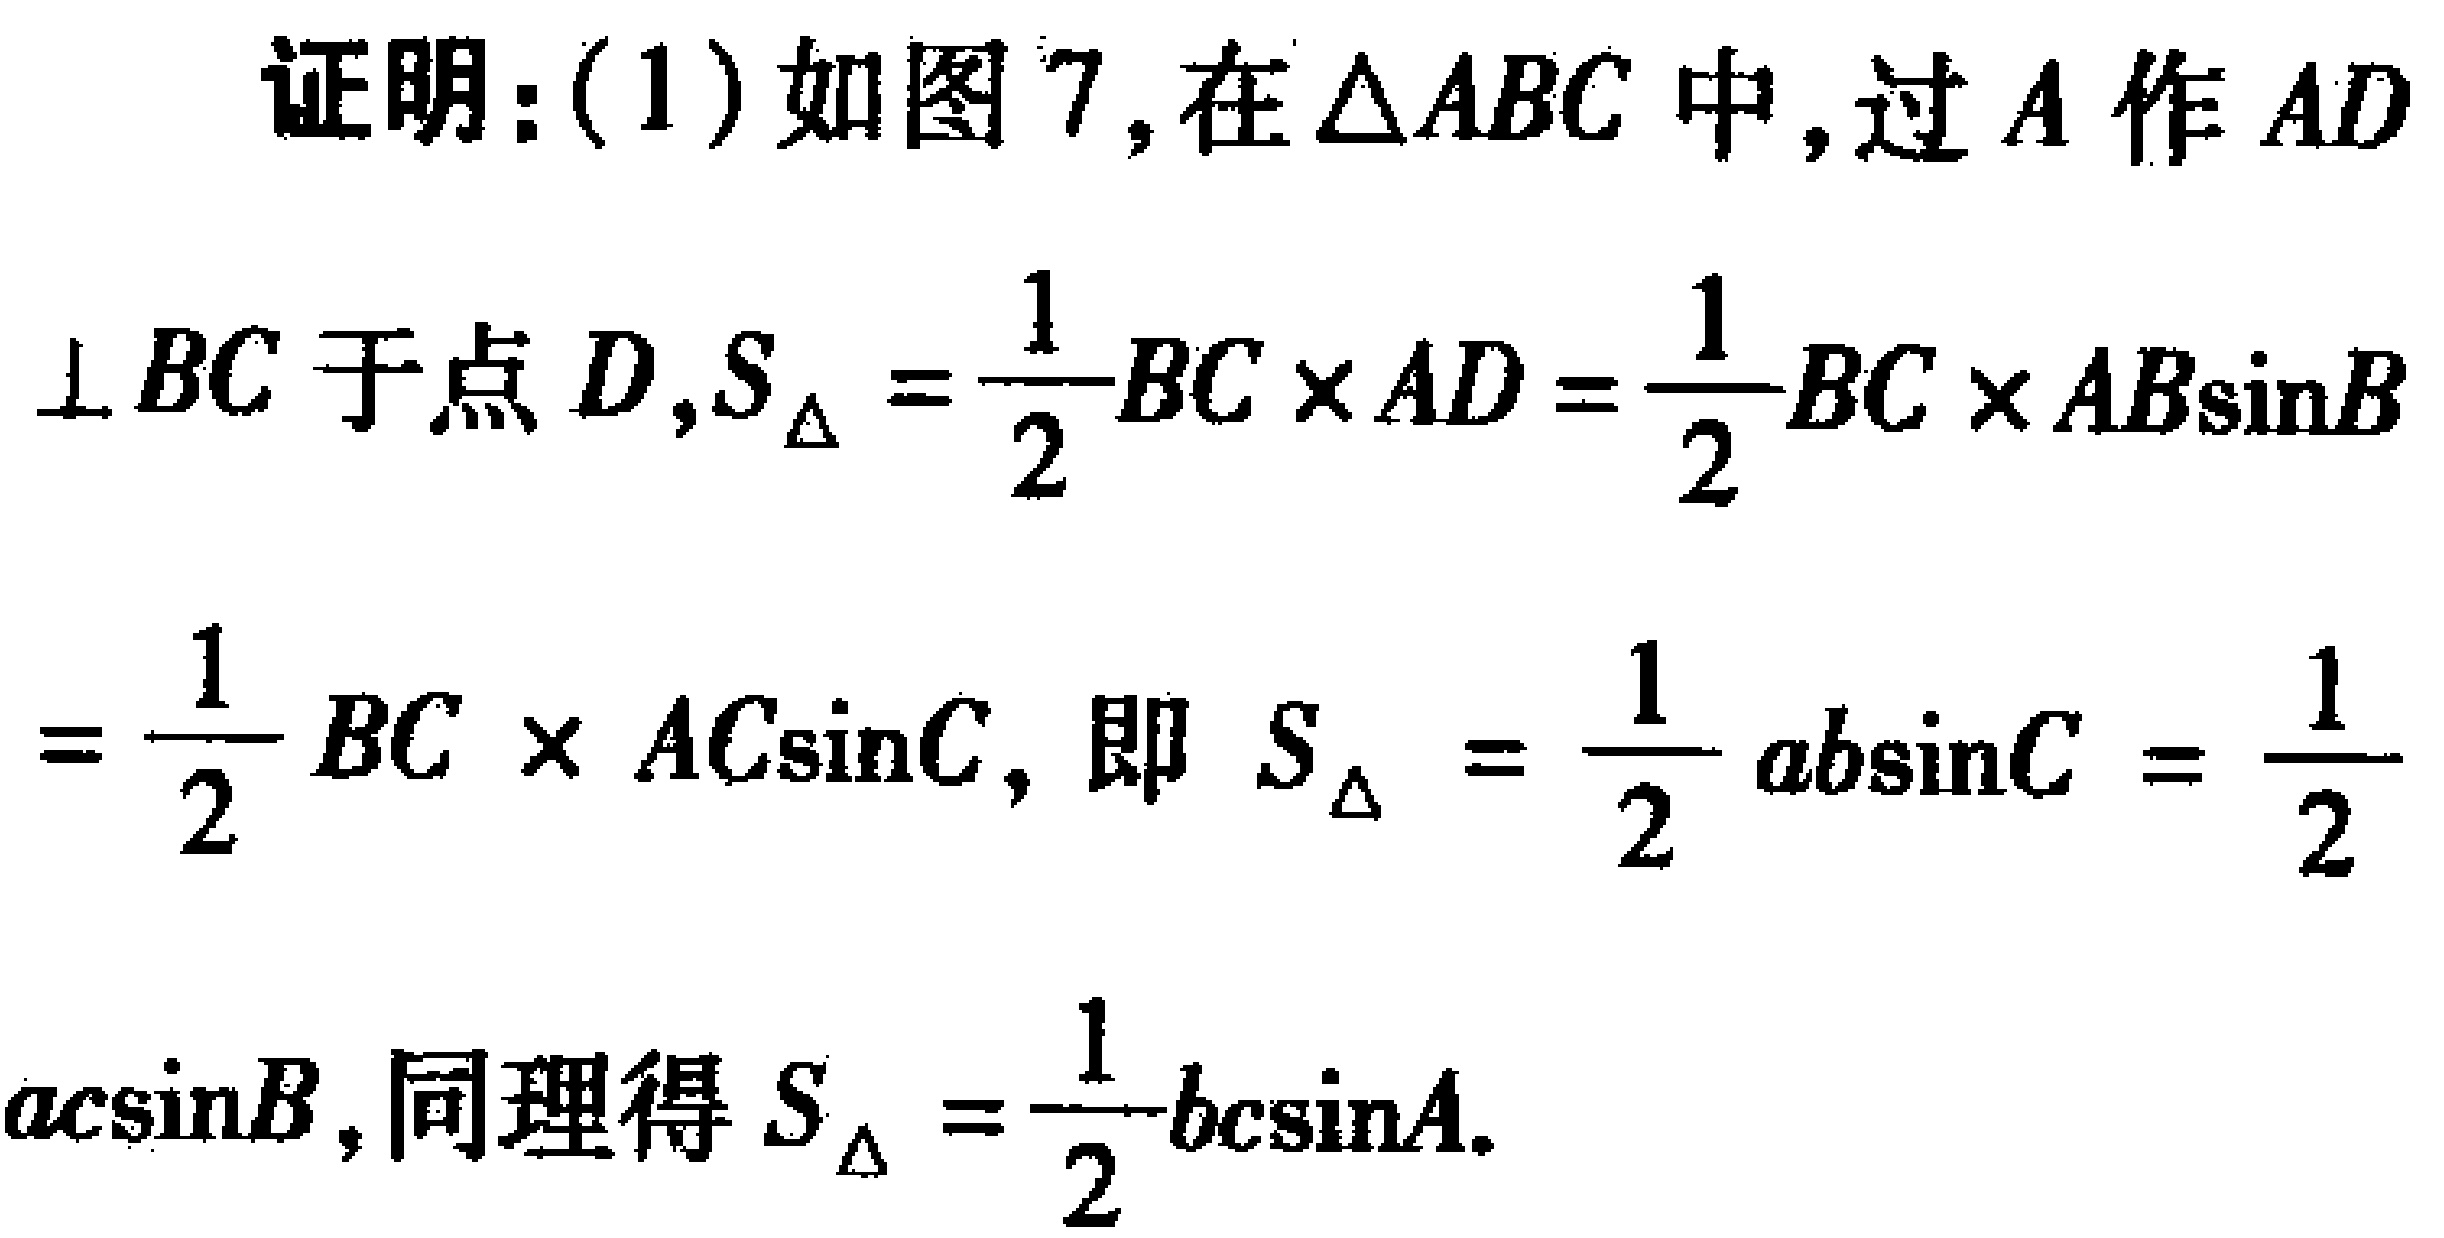
证明：(1)如图7,在\(\triangle ABC\)中,过\(A\)作\(AD\perp BC\)于点\(D\),\(S_{\triangle}=\frac{1}{2}BC\times AD=\frac{1}{2}BC\times AB\sin B=\frac{1}{2}BC\times AC\sin C\),即\(S_{\triangle}=\frac{1}{2}ab\sin C=\frac{1}{2}ac\sin B\),同理得\(S_{\triangle}=\frac{1}{2}bc\sin A\).